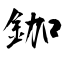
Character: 鉫